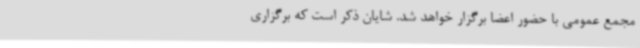
مجمع عمومی با حضور اعضا برگزار خواهد شد. شایان ذکر است که برگزاری